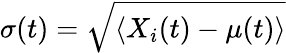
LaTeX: \sigma(t)=\sqrt{\left<X_{i}(t)-\mu(t)\right>}